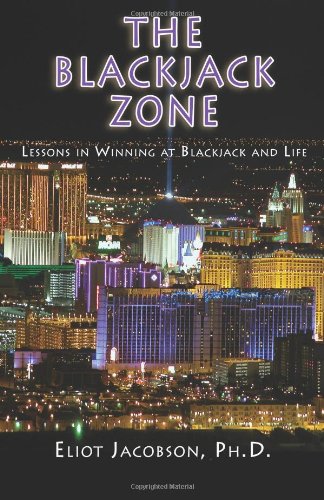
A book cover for The Blackjack Zone: Lessons in Winning at Blackjack and Life; Eliot Jacobson Ph.D.; Humor & Entertainment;